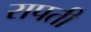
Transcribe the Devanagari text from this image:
रापती